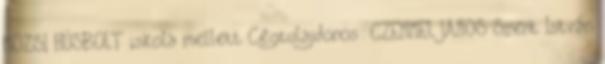
MÖZSI HÚSBOLT iskola mellett Cégtulajdonos: CZEMMEL JÁNOS Szent István